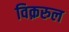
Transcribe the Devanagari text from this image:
विक़रुल